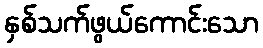
နှစ်သက်ဖွယ်ကောင်းသော